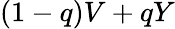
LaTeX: (1-q)V+qY